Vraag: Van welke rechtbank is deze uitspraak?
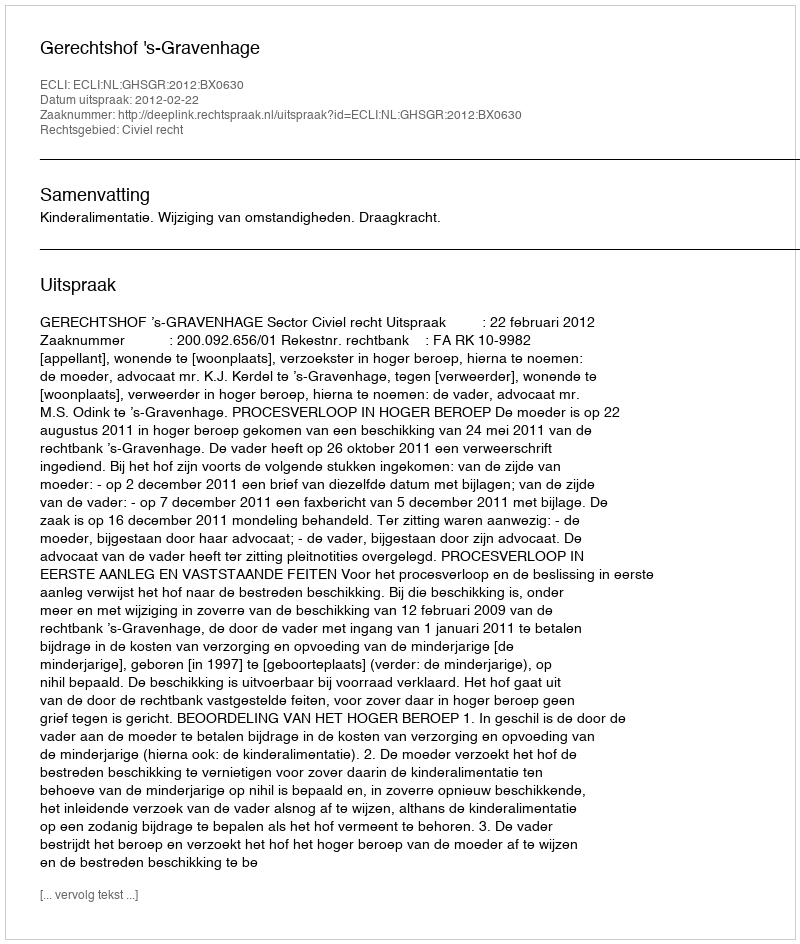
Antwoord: Gerechtshof 's-Gravenhage